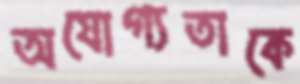
অযোগ্যতাকে